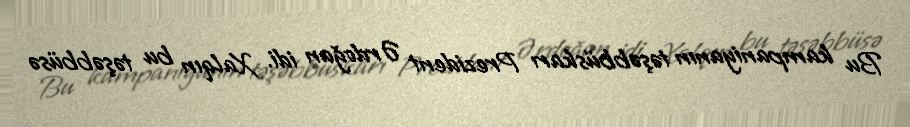
Bu kampaniyanın təşəbbüskarı Prezident Ərdoğan idi. Xalqın bu təşəbbüsə